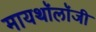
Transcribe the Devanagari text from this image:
मायथॉलॉजी